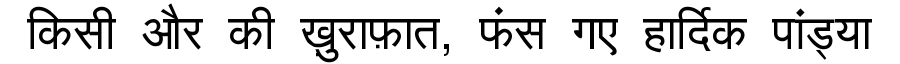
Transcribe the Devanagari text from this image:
किसी और की ख़ुराफ़ात, फंस गए हार्दिक पांड्या